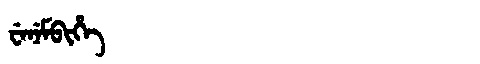
Manchu: ᠸᡝᠨᡝᠮᠪᡳᡥᡝ
Romanization: WENEMBIHE